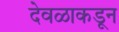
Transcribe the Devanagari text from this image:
देवळाकडून